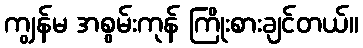
ကျွန်မ အစွမ်းကုန် ကြိုးစားချင်တယ်။